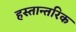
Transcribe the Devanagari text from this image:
हस्तान्तरिक